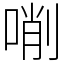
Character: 𠸑